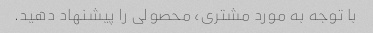
با توجه به مورد مشتری، محصولی را پیشنهاد دهید.